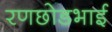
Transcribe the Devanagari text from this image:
रणछोडभाई